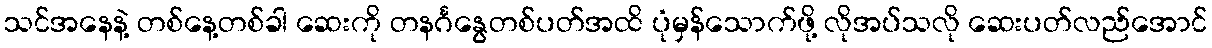
သင်အနေနဲ့ တစ်နေ့တစ်ခါ ဆေးကို တနင်္ဂနွေတစ်ပတ်အထိ ပုံမှန်သောက်ဖို့ လိုအပ်သလို ဆေးပတ်လည်အောင်